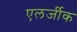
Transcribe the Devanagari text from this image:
एलर्जीक